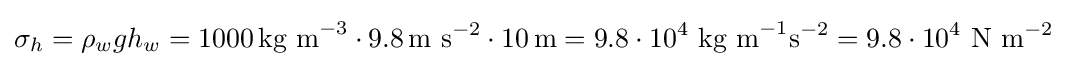
\sigma _{h}=\rho _{w}gh_{w}=1000\,{\text{kg m}}^{-3}\cdot 9.8\,{\text{m s}}^{-2}\cdot 10\,{\text{m}}=9.8\cdot {10^{4}}{\text{ kg m}}^{-1}{\text{s}}^{-2}=9.8\cdot 10^{4}{\text{ N m}}^{-2}